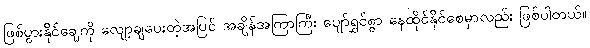
ဖြစ်ပွားနိုင်ချေကို လျော့ချပေးတဲ့အပြင် အချိန်အကြာကြီး ပျော်ရွှင်စွာ နေထိုင်နိုင်စေမှာလည်း ဖြစ်ပါတယ်။